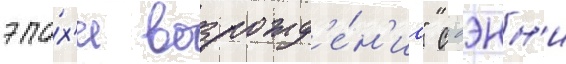
эпо́х'и возрожд'е́н'иа" с дэнн'и